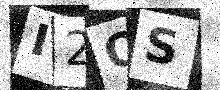
Text: I2OS